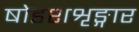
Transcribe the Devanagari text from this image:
षोडशशृङ्गार